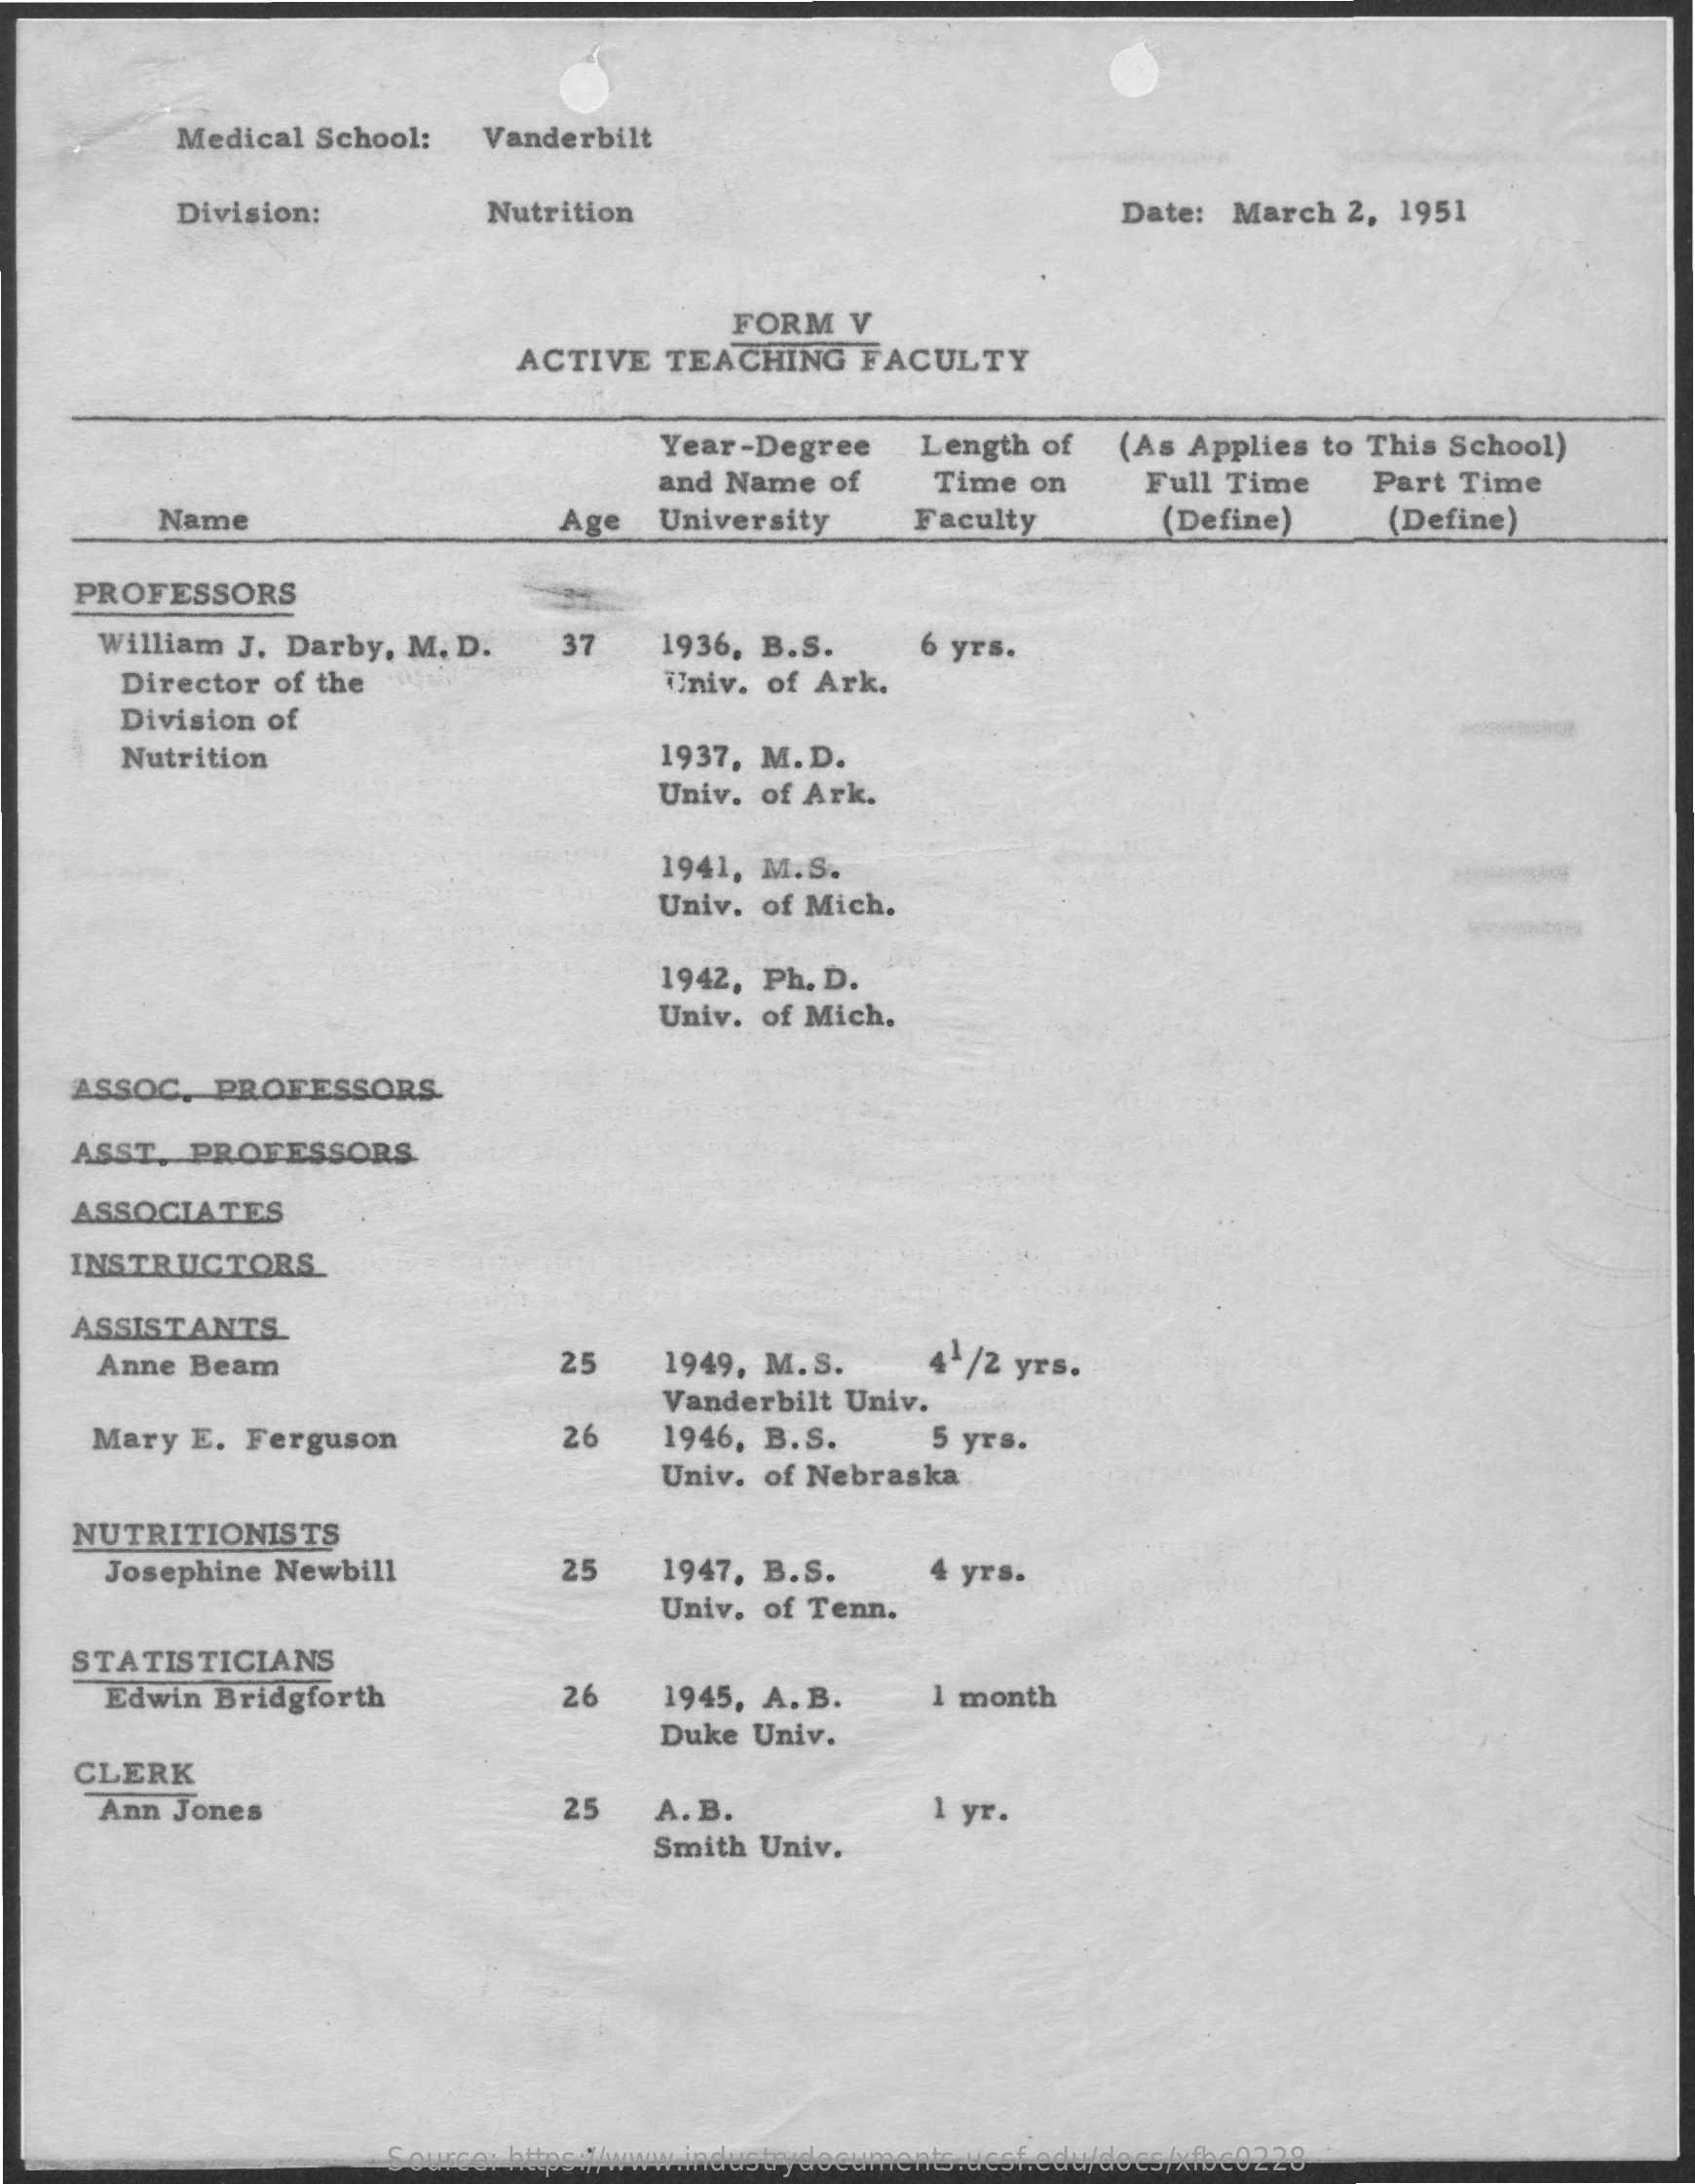
Medical School:    Vanderbilt
     Division:    Nutrition    Date:  March   2, 1951
     FORM    V
     ACTIVE    TEACHING    FACULTY
     Year-Degree    Length  of   (As Applies  to This School)
     and  Name  of    Time  on    Full Time    Part  Time
     Name    Age   University    Faculty    (Define)    (Define)
     PROFESSORS
     William J. Darby,  M. D.    37    1936, B.S.    6 yrs.
     Director  of the    Univ. of Ark.
     Division of
     Nutrition    1937, M.D.
     Univ. of Ark.
     1941, M.S.
     Univ. of Mich.
     1942, Ph. D.
     Univ. of Mich.
     ASSOC.   PROFESSORS.
     ASST,  PROFESSORS.
     ASSOCIATES
     INSTRUCTORS
     ASSISTANTS.
     Anne Beam    25    1949, M.S.    41/2 yrs.
     Vanderbilt Univ.
     Mary  E.  Ferguson    26    1946, B.S.    5 yrs.
     Univ. of Nebraska
     NUTRITIONISTS
     Josephine  Newbill    25    1947, B.S.    4 yrs.
     Univ. of Tenn.
     STATISTICIANS
     Edwin  Bridgforth    26    1945, A. B.    1 month
     Duke Univ.
     CLERK
     Ann  Jones    25    A. B.    1 yr.
     Smith  Univ.
     Source: https://www.industrydocuments.ucsf.edu/docs/xfbc0228